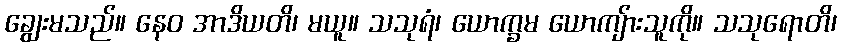
ချွေးမသည်။ နေဝ အာဒိယတိ၊ မယူ။ သသုရံ၊ ယောက္ခမ ယောကျ်ားသူကို။ သသုရောတိ၊